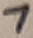
Text: 7